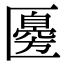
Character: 𠥣